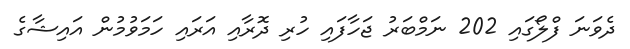
ދެވަނަ ފްލޯގައި 202 ނަމްބަރު ޖަހާފައި ހުރި ދޮރާއި އަރައި ހަމަވުމުން އައިޝާގެ